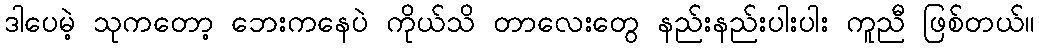
ဒါပေမဲ့ သုကတော့ ဘေးကနေပဲ ကိုယ်သိ တာလေးတွေ နည်းနည်းပါးပါး ကူညီ ဖြစ်တယ်။